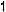
1